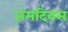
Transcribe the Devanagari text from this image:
जंमदिवस